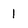
Character: 1